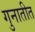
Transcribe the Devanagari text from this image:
गुनातीत